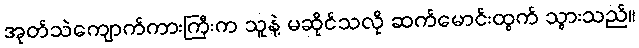
အုတ်သဲကျောက်ကားကြီးက သူနဲ့ မဆိုင်သလို ဆက်မောင်းထွက် သွားသည်။